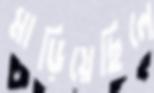
মাড়িয়েছিলে